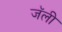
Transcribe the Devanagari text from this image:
जॅली